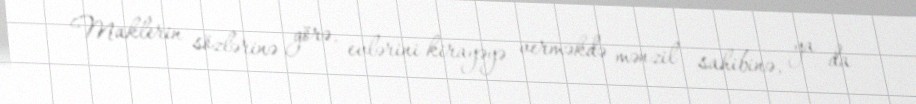
Maklerin sözlərinə görə, evlərini kirayəyə verməkdə mənzil sahibinə, ya da